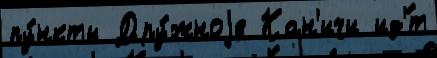
пу́нкты Дру́жноjе Кан'ичи ид'́т